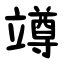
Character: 竴